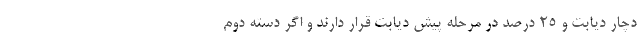
دچار دیابت و ۲۵ درصد در مرحله‌ پیش دیابت قرار دارند و اگر دسته دوم